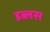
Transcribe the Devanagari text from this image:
डब्लस